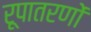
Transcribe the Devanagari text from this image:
रूपातरणों